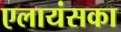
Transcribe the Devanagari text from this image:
एलायंसका